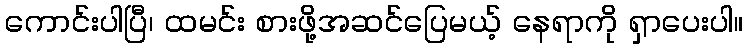
ကောင်းပါပြီ၊ ထမင်း စားဖို့အဆင်ပြေမယ့် နေရာကို ရှာပေးပါ။